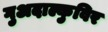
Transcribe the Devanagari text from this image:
गुअदाल्कुविर